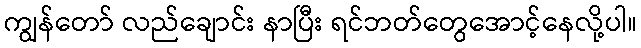
ကျွန်တော် လည်ချောင်း နာပြီး ရင်ဘတ်တွေအောင့်နေလို့ပါ။